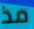
مذ